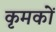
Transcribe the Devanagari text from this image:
कृमकों